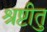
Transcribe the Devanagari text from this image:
श्रुष्टीत